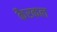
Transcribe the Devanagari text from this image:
कैरकल